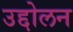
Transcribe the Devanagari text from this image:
उद्दोलन